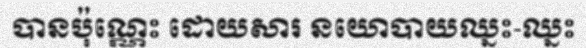
បានប៉ុណ្ណេះ ដោយសារ នយោបាយឈ្នះ-ឈ្នះ